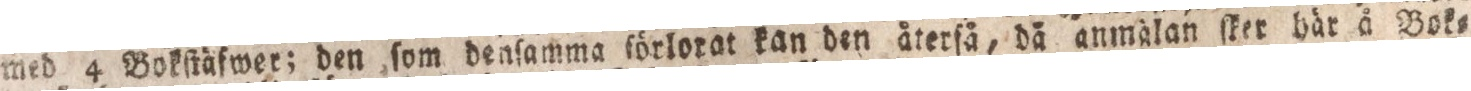
med4 Bokſtäfwer; den ſom denſamma ſörlorat kan den återſå, dä anmälan ſker här å Bok=